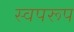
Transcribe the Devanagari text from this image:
स्वपरूप